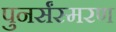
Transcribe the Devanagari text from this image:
पुनर्संस्मरण